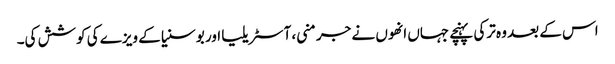
اس کے بعد وہ ترکی پہنچے جہاں انھوں نے جرمنی، آسٹریلیا اور بوسنیا کے ویزے کی کوشش کی۔